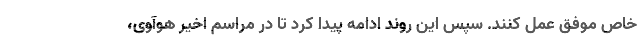
خاص موفق عمل کنند. سپس این روند ادامه پیدا کرد تا در مراسم اخیر هوآوی،